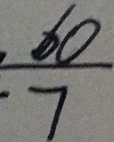
\frac { 6 0 } { 7 }